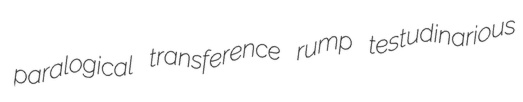
paralogical transference rump testudinarious